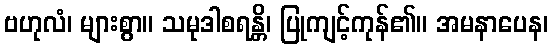
ဗဟုလံ၊ များစွာ။ သမုဒါစရန္တိ၊ ပြုကျင့်ကုန်၏။ အမနာပေန၊